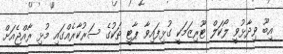
އިބޫ ވިދާޅުވީ ލޯކަލް ޓޫރިޒަމަކީ ގުޅިފައިވާ ޕާޓީ ތަކުގެ ސަރުކާރެއްގައި މުޅި ރާއްޖެއަށް